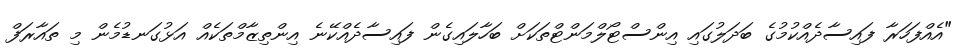
"އެއްފަހަރާ ފައިސާދެއްކުމުގެ ބަދަލުގައި އިންސްޓޯލްމަންޓްތަކަށް ބަހާލައިގެން ފައިސާދެއްކޭނެ އިންތިޒާމްތަކެއް އަޅުގަނޑުމެން މި ތައާރަފް